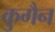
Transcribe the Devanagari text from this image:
कुगैन